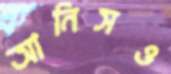
আনিসও